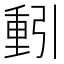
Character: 𮡕